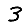
Digit: 3